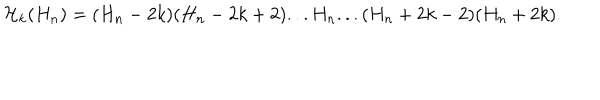
{ \cal H } _ { k } ( H _ { n } ) = ( H _ { n } - 2 k ) ( H _ { n } - 2 k + 2 ) . . . H _ { n } . . . ( H _ { n } + 2 k - 2 ) ( H _ { n } + 2 k ) .